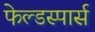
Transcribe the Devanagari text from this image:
फेल्डस्पार्स